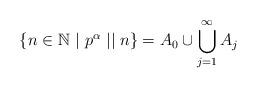
LaTeX: \begin{align*} \{ n \in \mathbb{N} \ | \ p^{\alpha} \mid \mid n\} = A_0 \cup \bigcup_{j=1}^{\infty} A_j\end{align*}